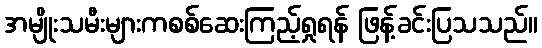
အမျိုးသမီးများကစစ်ဆေးကြည့်ရှုရန် ဖြန့်ခင်းပြသသည်။